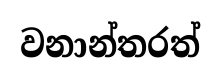
වනාන්තරත්